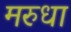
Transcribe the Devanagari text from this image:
मरुधा